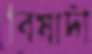
বিষাদী